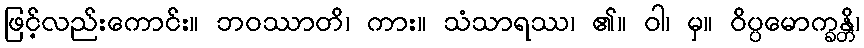
ဖြင့်လည်းကောင်း။ ဘဝဿာတိ၊ ကား။ သံသာရဿ၊ ၏။ ဝါ၊ မှ။ ဝိပ္ပမောက္ခန္တိ၊